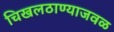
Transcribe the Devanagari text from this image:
चिखलठाण्याजवळ